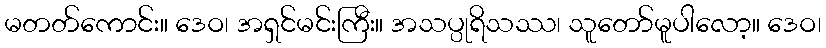
မတတ်ကောင်း။ ဒေဝ၊ အရှင်မင်းကြီး။ အသပ္ပုရိသဿ၊ သူတော်မူပါလော့။ ဒေဝ၊